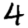
Digit: 4